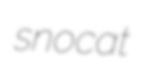
snocat